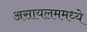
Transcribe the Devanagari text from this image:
असायलममध्ये